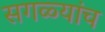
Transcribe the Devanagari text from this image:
सगळ्यांच